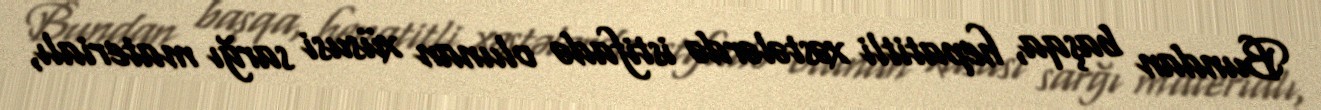
Bundan başqa, hepatitli xəstələrdə istifadə olunan xüsusi sarğı materialı,